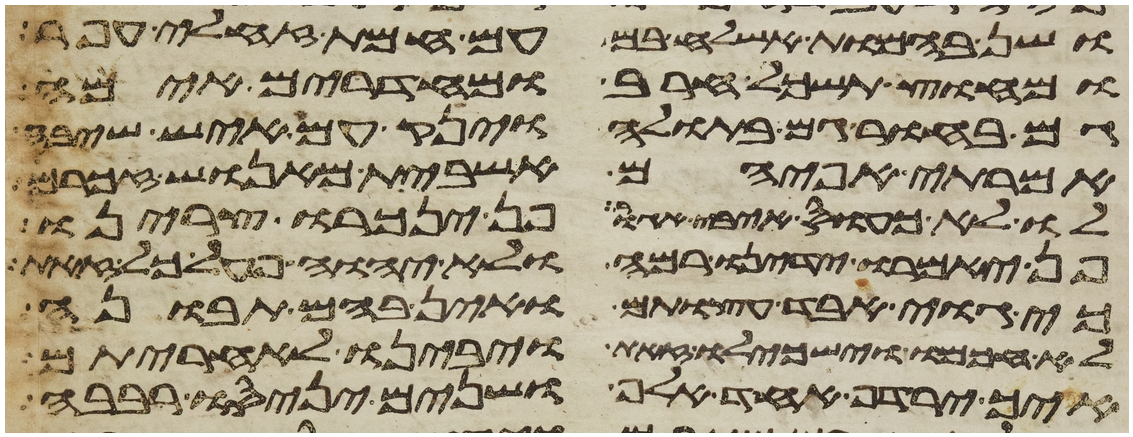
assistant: ושן בהמות אשלח בם עם חמת זחלי עפר
מחוץ תשכל חרב ומחדרים אימה
גם בחור גם בתולה וינק עם איש שיבה
אמרתי אפי הם אשבית מאנוש זכרם
לו לא כעס איבי אגור פן ינכרו צרינו
פן יאמרו ידינו רמה ולא יהוה פעל כל זאת
כי גוי אבד עצות הם ואין בהם תבונה
לא חכמו וישכילו זאת ויבינו לאחריתם
איך ירדף אחד אלף ושנים יניסו רבבה